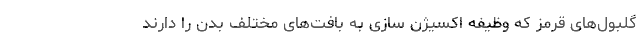
گلبول‌های قرمز که وظیفه اکسیژن سازی به بافت‌های مختلف بدن را دارند